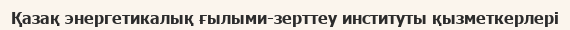
Қазақ энергетикалық ғылыми-зерттеу институты қызметкерлері